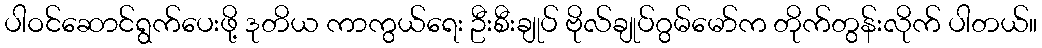
ပါဝင်ဆောင်ရွက်ပေးဖို့ ဒုတိယ ကာကွယ်ရေး ဦးစီးချုပ် ဗိုလ်ချုပ်ဂွမ်မော်က တိုက်တွန်းလိုက် ပါတယ်။